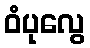
ဝံပုလွေ